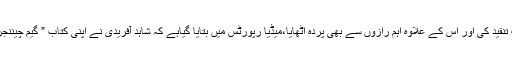
انہوں نے جاوید میانداد، وقار یونس، شعیب ملک سمیت اہم کھلاڑیوں ہر سخت تنقید کی اور اس کے علاوہ اہم رازوں سے بھی پردہ اٹھایا،میڈیا رپورٹس میں بتایا گیاہے کہ شاہد آفریدی نے اپنی کتاب ” گیم چیننجر” میں لکھا ہے کہ پہلا ون ڈے کھیلا تو عمر 16سال نہیں بلکہ 19 سال تھی۔